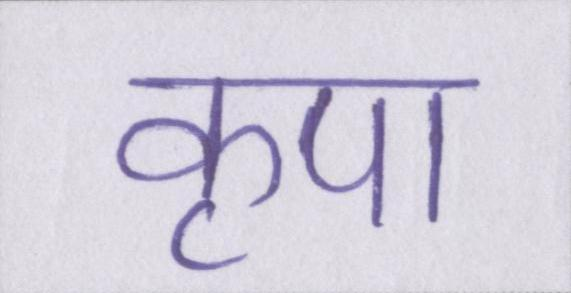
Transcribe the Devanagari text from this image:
कृपा